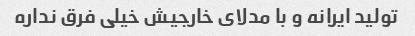
تولید ایرانه و با مدلای خارجیش خیلی فرق نداره